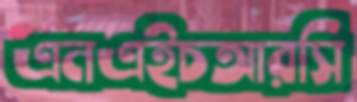
এনএইচআরসি